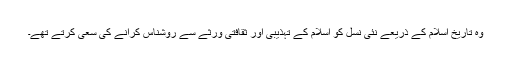
وہ تاریخ اسلام کے ذریعے نئی نسل کو اسلام کے تہذیبی اور ثقافتی ورثے سے روشناس کرانے کی سعی کرتے تھے۔